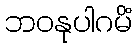
ဘဝနုပါဂမိံ